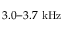
3 . 0 { - } 3 . 7 ~ \mathrm { k H z }